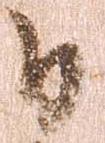
日